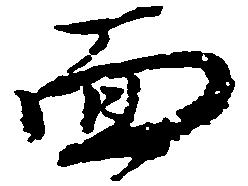
面